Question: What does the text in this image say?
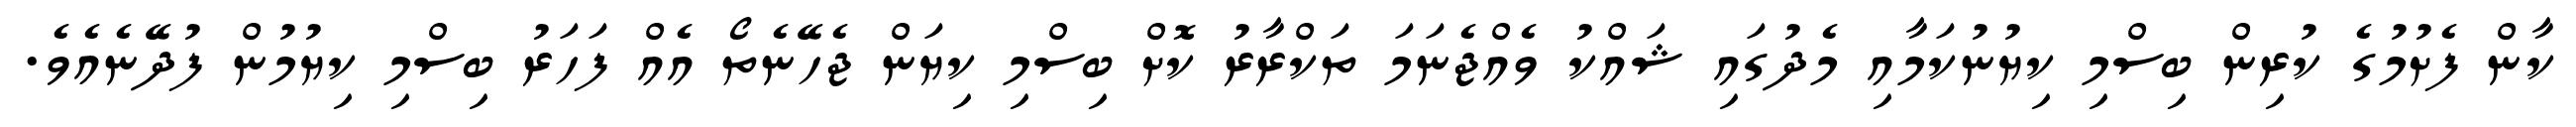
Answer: ކާން ފެށުމުގެ ކުރިން ބިސްމި ކިޔުނުކަމާއި މެދުގައި ޝައްކު ވެއްޖެނަމަ ތަކްރާރު ކޮށް ބިސްމި ކިޔަން ޖެހޭނެތޯ އެއް ފަހަރު ބިސްމި ކިޔުމުން ފުދޭނެއެވެ.